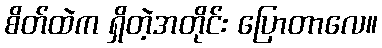
စိတ်ထဲက ရှိတဲ့အတိုင်း ပြောတာလေ။